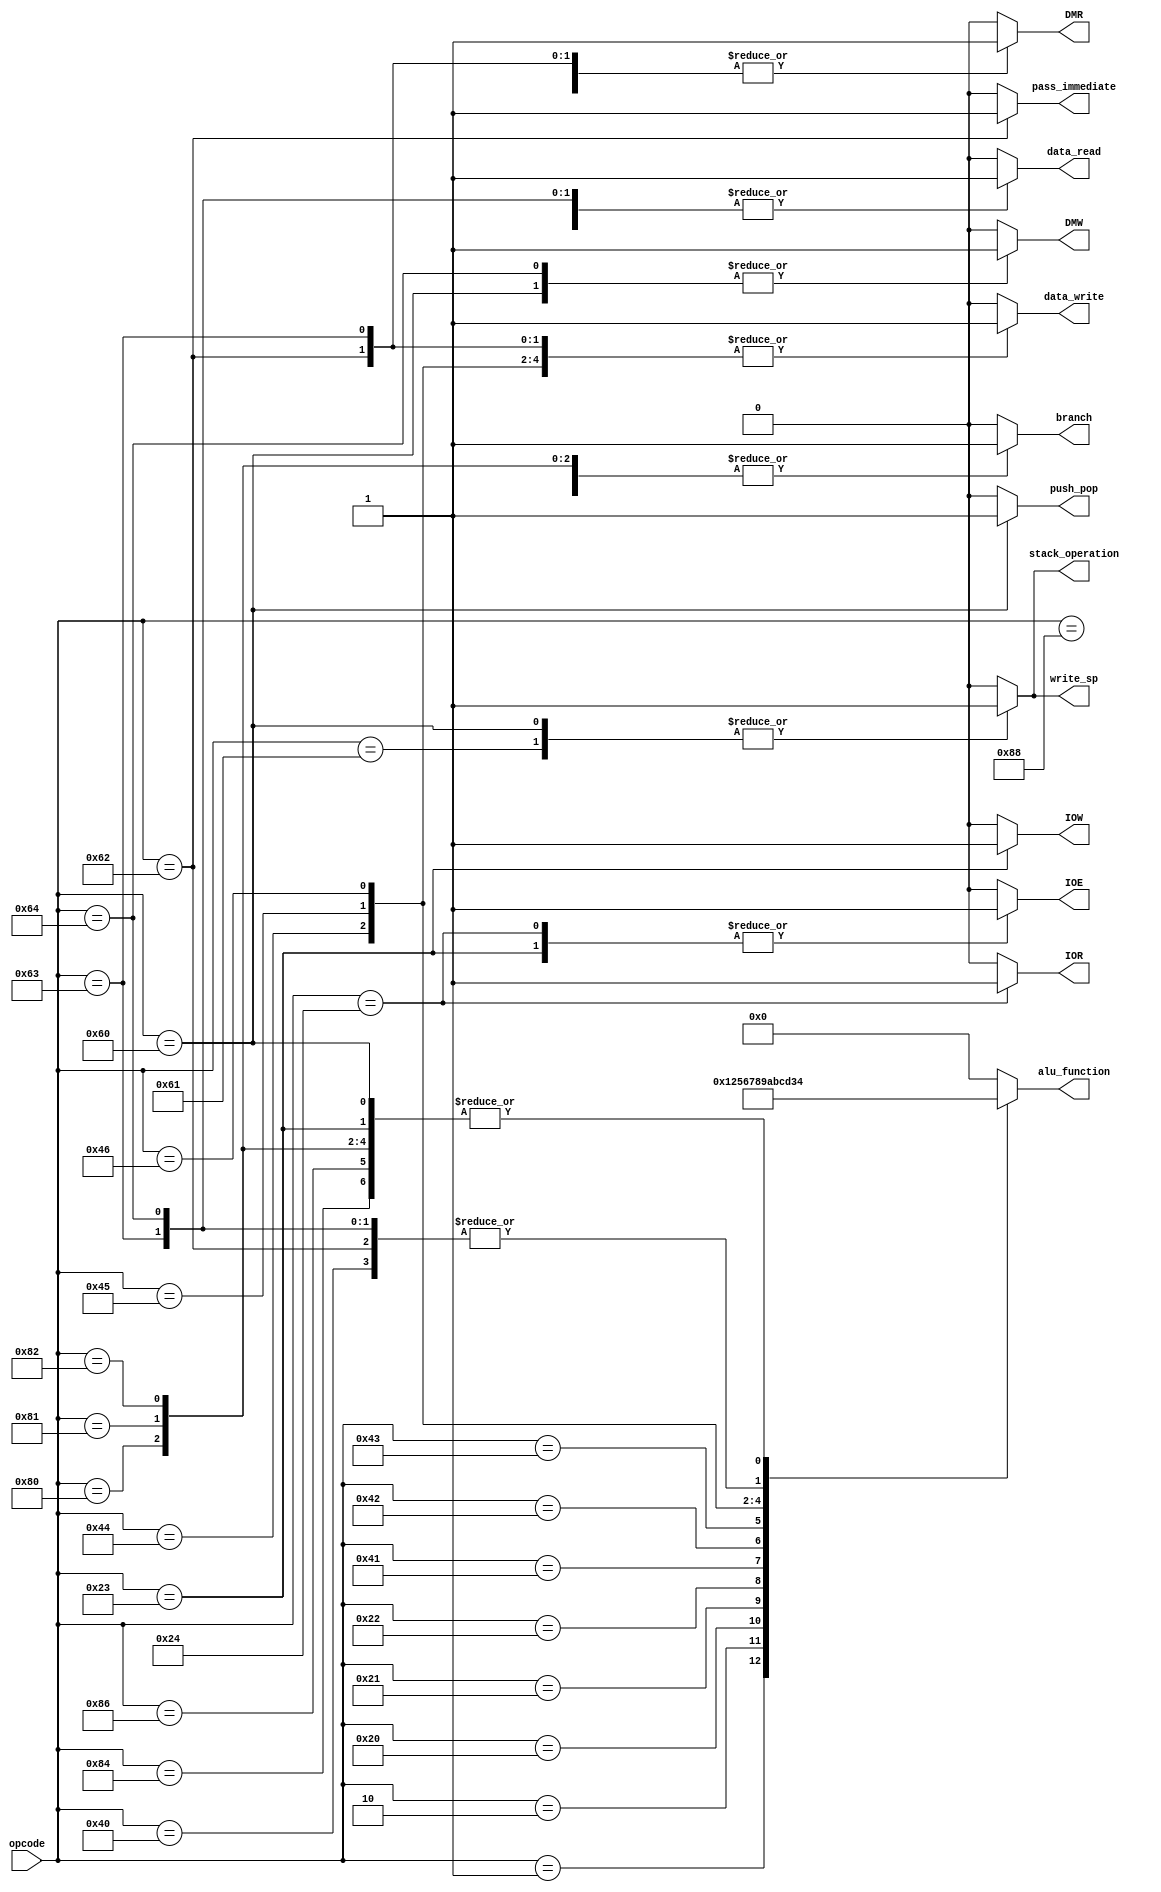

module CU(opcode,branch,data_read,data_write,DMR,DMW,IOE,IOR,IOW,stack_operation,push_pop,pass_immediate,write_sp,alu_function);
	//********* Start Opcodes of instructions ***********//
	parameter NOP_OP = 9'b0;
	parameter SETC_OP = 9'b1;
	parameter CLRC_OP = 9'b10;

	parameter NOT_OP = 9'b001_00000;
	parameter INC_OP = 9'b001_00001;
	parameter DEC_OP = 9'b001_00010;
	parameter OUT_OP = 9'b001_00011;
	parameter IN_OP = 9'b001_00100;
	
	parameter MOV_OP = 9'b010_00000;
	parameter ADD_OP = 9'b010_00001;
	parameter SUB_OP = 9'b010_00010;
	parameter AND_OP = 9'b010_00011;
	parameter OR_OP = 9'b010_00100;
	parameter SHL_OP = 9'b010_00101;
	parameter SHR_OP = 9'b010_00110;

	parameter PUSH_OP = 9'b011_00000;
	parameter POP_OP = 9'b011_00001;
	parameter LDM_OP = 9'b011_00010;
	parameter LDD_OP = 9'b011_00011;
	parameter STD_OP = 9'b011_00100;

	parameter JZ_OP = 9'b100_00000;
	parameter JN_OP = 9'b100_00001;
	parameter JC_OP = 9'b100_00010;
	parameter JMP_OP = 9'b100_00100;
	parameter CALL_OP = 9'b100_00110;
	parameter RET_OP = 9'b100_01000;
	//********* End Opcodes of instructions ***********//

	//********* Start ALU functions of instructions ***********//
	parameter NOP_ALU = 4'b0;
	parameter SETC_ALU = 4'b1;
	parameter CLRC_ALU = 4'b10;

	parameter NOT_ALU = 4'b0101;
	parameter INC_ALU = 4'b0110;
	parameter DEC_ALU = 4'b0111;
	parameter OUT_ALU = 4'b0100;
	parameter IN_ALU = 4'b0000;
	
	parameter MOV_ALU = 4'b0011;
	parameter ADD_ALU = 4'b1000;
	parameter SUB_ALU = 4'b1001;
	parameter AND_ALU = 4'b1010;
	parameter OR_ALU = 4'b1011;
	parameter SHL_ALU = 4'b1100;
	parameter SHR_ALU = 4'b1101;

	parameter PUSH_ALU = 4'b0100;
	parameter POP_ALU = 4'b0000;
	parameter LDM_ALU = 4'b0011;
	parameter LDD_ALU = 4'b0011;
	parameter STD_ALU = 4'b0011;

	parameter JZ_ALU = 4'b0100;
	parameter JN_ALU = 4'b0100;
	parameter JC_ALU = 4'b0100;
	parameter JMP_ALU = 4'b0100;
	parameter CALL_ALU = 4'b0100;
	parameter RET_ALU = 4'b0000;
	//********* End ALU functions of instructions ***********//
	//,,,,,,,,,alu_function
	input [8:0] opcode;
	output reg branch;
	output reg data_read;
	output reg data_write;
	output reg DMR;
	output reg DMW;
	output reg IOE;
	output reg IOR;
	output reg IOW;
	output reg stack_operation;
	output reg push_pop;
	output reg pass_immediate;
	output reg write_sp;
	output reg [3:0] alu_function;
	
	always @(*) begin
		// Avoid unwanted latches	
		branch = 0;
		data_read = 0;
	 	data_write = 0;
		DMR = 0;
		DMW = 0;
		IOE = 0;
		IOR = 0;
		IOW = 0;
	 	stack_operation = 0;
	 	push_pop = 0;
		pass_immediate = 0;
		write_sp = 0;
	 	alu_function = 0;
		case(opcode)
			NOP_OP: begin
				alu_function = NOP_ALU;
			end
			SETC_OP: begin
				alu_function = SETC_ALU;
			end 
			CLRC_OP: begin
				alu_function = CLRC_ALU;
			end
			NOT_OP: begin
				alu_function = NOT_ALU;
				data_read = 1;
				data_write = 1;
			end 
 			INC_OP: begin
				alu_function = INC_ALU;
				data_read = 1;
				data_write = 1;
			end
			DEC_OP: begin
				alu_function = DEC_ALU;
				data_read = 1;
				data_write = 1;
			end 
			OUT_OP: begin
				alu_function = OUT_ALU;
				data_read = 1;
				IOE = 1;
				IOW = 1;
			end
			IN_OP: begin
				alu_function = IN_ALU;
				data_write = 1;
				IOE = 1;
				IOR = 1;
			end 
			MOV_OP: begin
				alu_function = MOV_ALU;
				data_read = 1;
				data_write = 1;
			end
			ADD_OP: begin
				alu_function = ADD_ALU;
				data_read = 1;
				data_write = 1;
			end 
			SUB_OP: begin
				alu_function = SUB_ALU;
				data_read = 1;
				data_write = 1;
			end
			AND_OP: begin
				alu_function = AND_ALU;
				data_read = 1;
				data_write = 1;
			end 
 			OR_OP: begin
				alu_function = OR_ALU;
				data_read = 1;
				data_write = 1;
			end
			SHL_OP: begin
				alu_function = SHL_ALU;
				data_read = 1;
				data_write = 1;
			end 
			SHR_OP: begin
				alu_function = SHR_ALU;
				data_read = 1;
				data_write = 1;
			end
			PUSH_OP: begin
				alu_function = PUSH_ALU;
				data_read = 1;
				DMW = 1;
				stack_operation = 1;
				push_pop = 1;
				write_sp = 1;
			end
			POP_OP: begin
				alu_function = POP_ALU;
				data_write = 1;
				DMR = 1;
				stack_operation = 1;
				write_sp = 1;
			end 
 			LDM_OP: begin
				alu_function = LDM_ALU;
				data_write = 1;
				DMR = 1;
				pass_immediate = 1;
			end
			LDD_OP: begin
				alu_function = LDD_ALU;
				data_read = 1;
				data_write = 1;
				DMR = 1;
			end 
			STD_OP: begin
				alu_function = STD_ALU;
				data_read = 1;
				DMW = 1;
			end
			JZ_OP: begin
				alu_function = JZ_ALU;
				branch = 1;
				data_read = 1;
			end 
 			JN_OP: begin
				alu_function = JN_ALU;
				branch = 1;
				data_read = 1;
			end
			JC_OP: begin
				alu_function = JC_ALU;
				branch = 1;
				data_read = 1;
			end 
			JMP_OP: begin
				alu_function = JMP_ALU;
				branch = 1;
			end
 			CALL_OP: begin
				alu_function = CALL_ALU;
				branch = 1;
			end 
			RET_OP: begin
				alu_function = RET_ALU;
				branch = 1;
			end
		endcase
	end		

endmodule